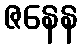
ဇနေန